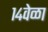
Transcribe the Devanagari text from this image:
१४वेळा